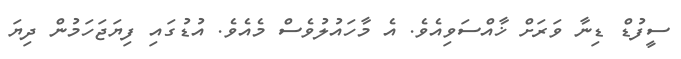
ސީފުޑް ޑިނާ ވަރަށް ޚާއްސަވިއެވެ. އެ މާހައުލުވެސް މެއެވެ. އުޑުގައި ފިޔަޖަހަމުން ދިޔަ